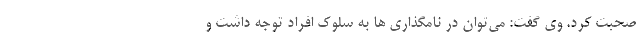
صحبت کرد. وی گفت: می‌توان در نامگذاری ها به سلوک افراد توجه داشت و